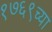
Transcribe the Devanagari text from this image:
१७६९च्या